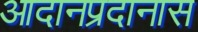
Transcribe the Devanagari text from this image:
आदानप्रदानास